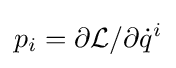
p_{i}=\partial {\mathcal {L}}/\partial {\dot {q}}^{i}